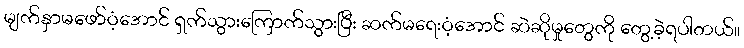
မျက်နှာမဖော်ဝံ့အောင် ရှက်သွားကြောက်သွားပြီး ဆက်မရေးဝံ့အောင် ဆဲဆိုမှုတွေကို တွေ့ခဲ့ရပါတယ်။